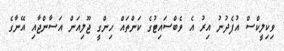
ވިކިލީކްސް އުފެދުނު އިރު އެ ވެބްސައިޓުގެ ކަންތައް ހިންގީ ޖޫލިއަން އަސާންޖާއި އޭނާގެ